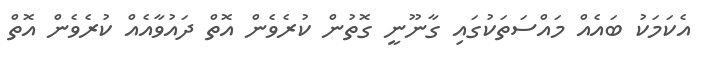
އެކަމަކު ބައެއް މައްސަތަކުގައި ގާނޫނީ ގޮތުން ކުރެވެން އޮތް ދައުވާއެއް ކުރެވެން އޮތް